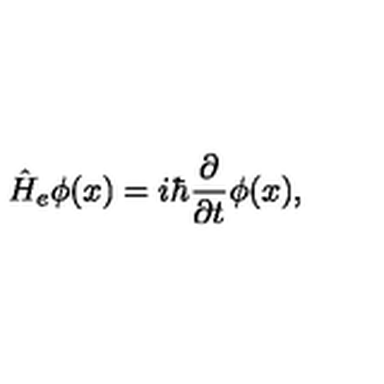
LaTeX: \hat { H } _ { e } \phi ( x ) = i \hbar \frac { \partial } { \partial t } \phi ( x ) ,